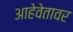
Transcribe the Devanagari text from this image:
आहेवेतावर